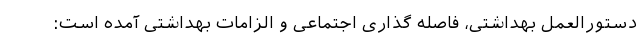
دستورالعمل بهداشتی، فاصله گذاری اجتماعی و الزامات بهداشتی آمده است: